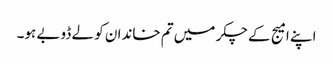
اپنے امیج کے چکر میں تم خاندان کو لے ڈوبے ہو۔